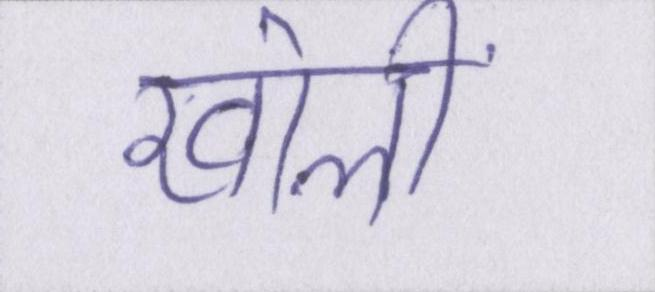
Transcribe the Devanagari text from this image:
खोलीं